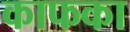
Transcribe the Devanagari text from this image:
काफका